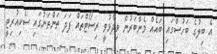
އެ ބިލުގެ ބަހުސްގައި ބައެއް މެންބަރުން ވިދާޅުވީ ރިސޯޓްތައް ފަދަ ތަންތަނުގައި ސެކިއުރިޓީ